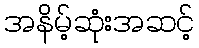
အနိမ့်ဆုံးအဆင့်